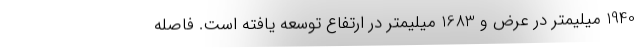
1940 میلیمتر در عرض و 1683 میلیمتر در ارتفاع توسعه یافته است. فاصله